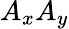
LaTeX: A_{x}A_{y}